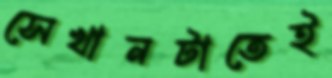
সেখানটাতেই